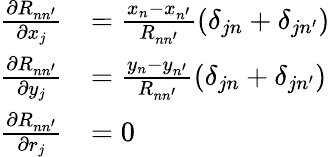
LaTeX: \begin{array}{rl}{\frac{\partial R_{nn^{\prime}}}{\partial x_{j}}}&{=\frac{x_{n}-x_{n^{\prime}}}{R_{nn^{\prime}}}(\delta_{jn}+\delta_{jn^{\prime}})}\\ {\frac{\partial R_{nn^{\prime}}}{\partial y_{j}}}&{=\frac{y_{n}-y_{n^{\prime}}}{R_{nn^{\prime}}}(\delta_{jn}+\delta_{jn^{\prime}})}\\ {\frac{\partial R_{nn^{\prime}}}{\partial r_{j}}}&{=0}\end{array}